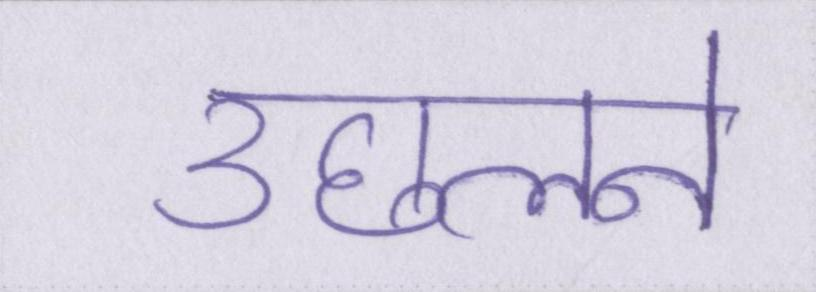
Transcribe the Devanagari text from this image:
उछलने